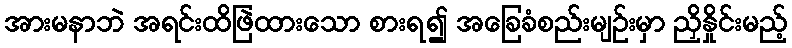
အားမနာဘဲ အရင်းထိဖြဲထားသော စားရ၍ အခြေခံစည်းမျဉ်းမှာ ညှိနှိုင်းမည့်